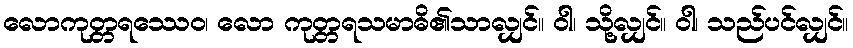
လောကုတ္တရဿေဝ၊ လော ကုတ္တရသမာဓိ၏သာလျှင်။ ဝါ၊ သို့လျှင်။ ဝါ၊ သည်ပင်လျှင်။